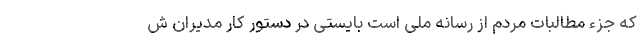
که جزء مطالبات مردم از رسانه ملی است بایستی در دستور کار مدیران ش